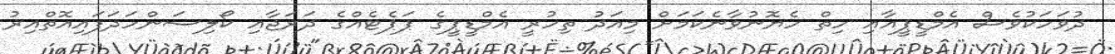
ދުވަހަކުވެސް އެމްޑީޕީއާއި ހިތް ހެޔޮނުވާނެކަމަށް މިއަދު ތިހުރީ އެމްޑީޕީގެ ޕަޕެޓެއްގެ ދަރަޖާއި ކޯލިސަންހަދަފައިއޮތްއިރު